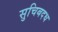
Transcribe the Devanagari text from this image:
सुचिबदध